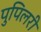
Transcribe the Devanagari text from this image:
पुपिलरी